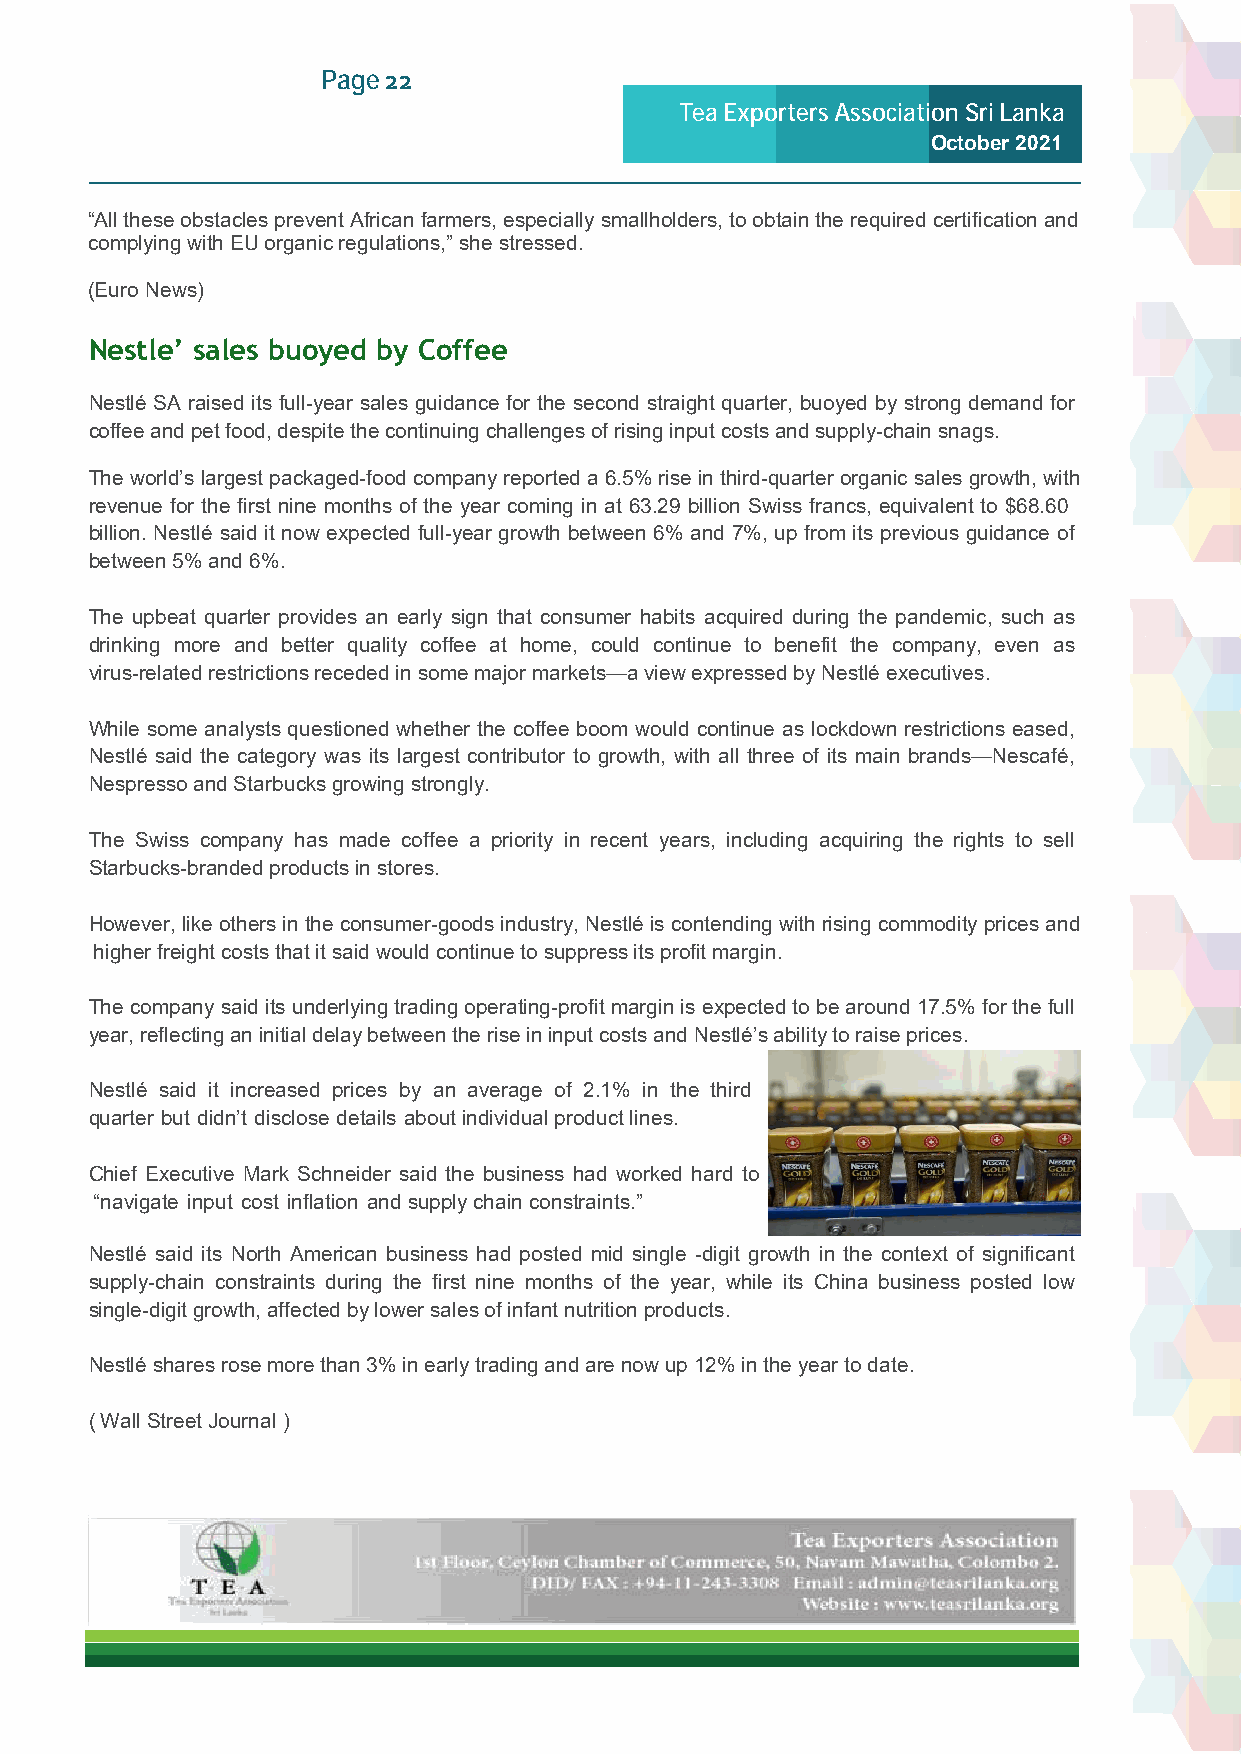
Page 22
 Tea Exporters Association Sri Lanka
 October 2021
 “All these obstacles prevent African farmers, especially smallholders, to obtain the required certification and
 complying with EU organic regulations,” she stressed.
 (Euro News)
 Nestle’ sales buoyed by Coffee
 Nestlé SA raised its full-year sales guidance for the second straight quarter, buoyed by strong demand for
 coffee and pet food, despite the continuing challenges of rising input costs and supply-chain snags.
 The world’s largest packaged-food company reported a 6.5% rise in third-quarter organic sales growth, with
 revenue for the first nine months of the year coming in at 63.29 billion Swiss francs, equivalent to $68.60
 billion. Nestlé said it now expected full-year growth between 6% and 7%, up from its previous guidance of
 between 5% and 6%.
 The upbeat quarter provides an early sign that consumer habits acquired during the pandemic, such as
 drinking more and better quality coffee at home, could continue to benefit the company, even as
 virus-related restrictions receded in some major markets—a view expressed by Nestlé executives.
 While some analysts questioned whether the coffee boom would continue as lockdown restrictions eased,
 Nestlé said the category was its largest contributor to growth, with all three of its main brands—Nescafé,
 Nespresso and Starbucks growing strongly.
 The Swiss company has made coffee a priority in recent years, including acquiring the rights to sell
 Starbucks-branded products in stores.
 However, like others in the consumer-goods industry, Nestlé is contending with rising commodity prices and
 higher freight costs that it said would continue to suppress its profit margin.
 The company said its underlying trading operating-profit margin is expected to be around 17.5% for the full
 year, reflecting an initial delay between the rise in input costs and Nestlé’s ability to raise prices.
 Nestlé said it increased prices by an average of 2.1% in the third
 quarter but didn’t disclose details about individual product lines.
 Chief Executive Mark Schneider said the business had worked hard to
 “navigate input cost inflation and supply chain constraints.”
 Nestlé said its North American business had posted mid single -digit growth in the context of significant
 supply-chain constraints during the first nine months of the year, while its China business posted low
 single-digit growth, affected by lower sales of infant nutrition products.
 Nestlé shares rose more than 3% in early trading and are now up 12% in the year to date.
 ( Wall Street Journal )